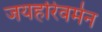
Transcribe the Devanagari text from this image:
जयहरिवर्मन